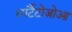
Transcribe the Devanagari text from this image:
स्पर्टैटोज़ोआ